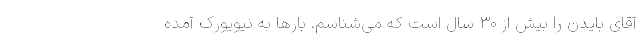
آقای بایدن را بیش از ۳۰ سال است که می‌شناسم. بارها به نیویورک آمده